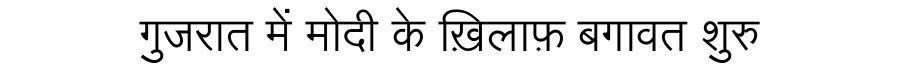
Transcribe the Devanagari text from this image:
गुजरात में मोदी के ख़िलाफ़ बगावत शुरु